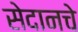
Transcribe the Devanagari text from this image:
सेदानचे